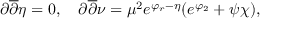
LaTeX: \partial \overline { { { \partial } } } \eta = 0 , \quad \partial \overline { { { \partial } } } \nu = \mu ^ { 2 } e ^ { \varphi _ { r } - \eta } ( e ^ { \varphi _ { 2 } } + { \psi } { \chi } ) ,